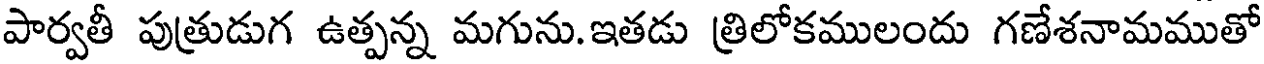
పార్వతీ పుత్రుడుగ ఉత్పన్న మగును.ఇతడు త్రిలోకములందు గణేశనామముతో